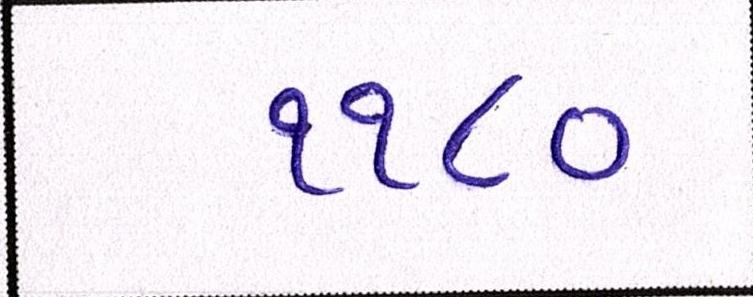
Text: ૧૧૮૦